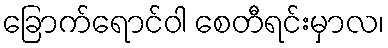
ခြောက်ရောင်ဝါ စေတီရင်းမှာလ၊